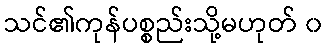
သင်၏ကုန်ပစ္စည်းသို့မဟုတ် ၀